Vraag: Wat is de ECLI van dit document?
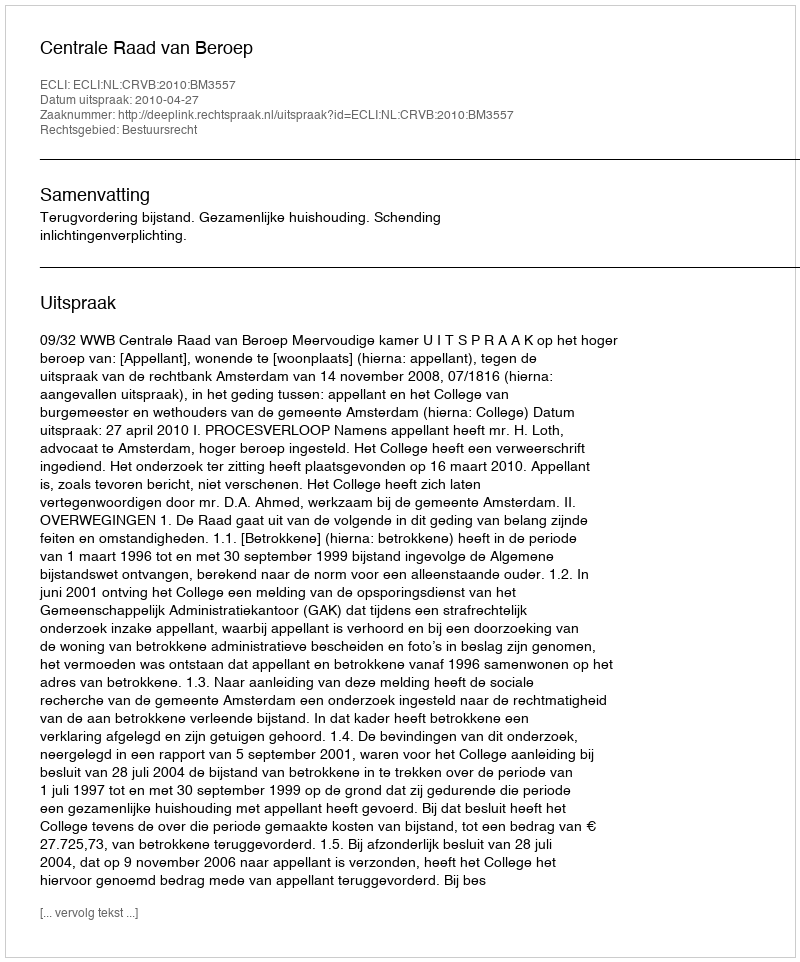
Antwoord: ECLI:NL:CRVB:2010:BM3557